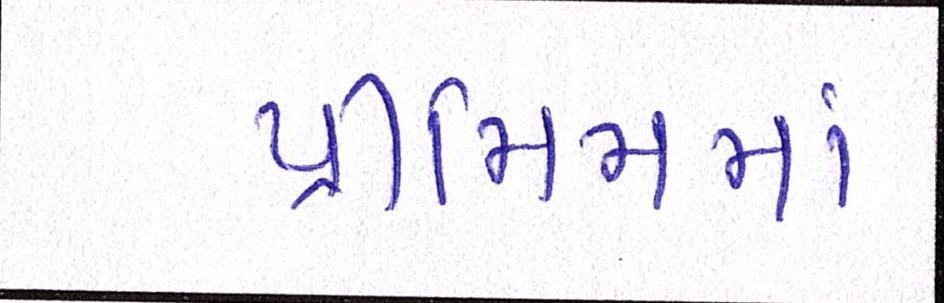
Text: પ્રીમિમમાં